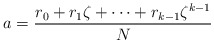
\begin{align*} a=\frac{r_{0}+r_{1}\zeta+\cdots +r_{k-1}\zeta^{k-1}}{N}\end{align*}